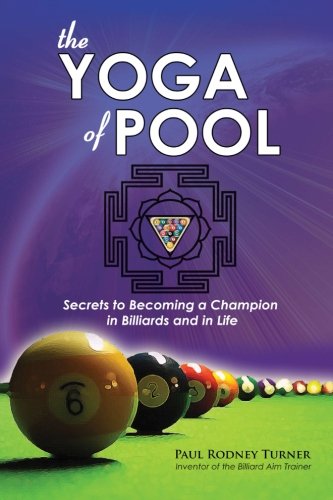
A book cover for The YOGA of POOL: Secrets to becoming a Champion in Billiards and in Life; Paul Rodney Turner; Sports & Outdoors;